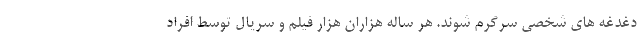
دغدغه های شخصی سرگرم شوند. هر ساله هزاران هزار فیلم و سریال توسط افراد